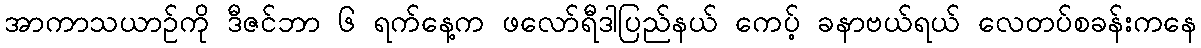
အာကာသယာဉ်ကို ဒီဇင်ဘာ ၆ ရက်နေ့က ဖလော်ရီဒါပြည်နယ် ကေပ့် ခနာဗယ်ရယ် လေတပ်စခန်းကနေ